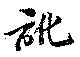
訛